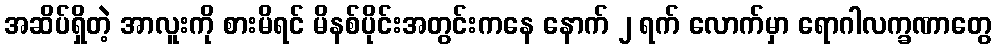
အဆိပ်ရှိတဲ့ အာလူးကို စားမိရင် မိနစ်ပိုင်းအတွင်းကနေ နောက် ၂ ရက် လောက်မှာ ရောဂါလက္ခဏာတွေ